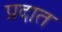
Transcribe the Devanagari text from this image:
प्रदात